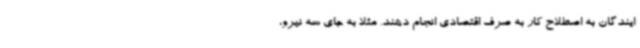
ایندگان به اصطلاح کار به صرف اقتصادی انجام دهند. مثلا به جای سه نیرو،